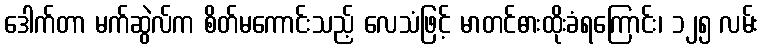
ဒေါက်တာ မက်ဆွဲလ်က စိတ်မကောင်းသည့် လေသံဖြင့် မာတင်ဓားထိုးခံရကြောင်း၊ ၁၂၅ လမ်း